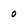
Character: o